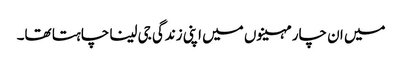
میں ان چار مہینوں میں اپنی زندگی جی لینا چاہتا تھا۔